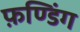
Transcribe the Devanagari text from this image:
फ़ण्डिंग